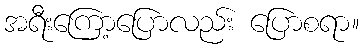
အရီးကြော့ပြောလည်း ပြောစရာ။